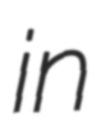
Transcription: in